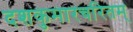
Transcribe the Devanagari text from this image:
दशकुमारचरितम्